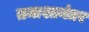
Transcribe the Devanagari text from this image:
तमाशानंतर